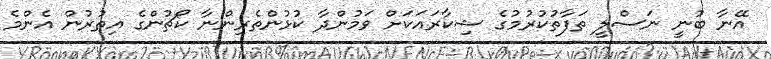
އޭނާ ބުނީ ނަސްލީ ތަފާތުކުރުމުގެ ޝިކާރައަކަށް ވަމުންދާ ކުޅުންތެރިންނާ ކޯޗުންގެ އިތުރުން އެންމެ